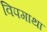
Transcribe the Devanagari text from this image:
विपगाथा